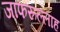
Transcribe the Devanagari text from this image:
जाफरूल्लाह